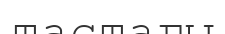
тастағы